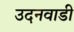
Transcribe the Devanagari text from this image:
उदनवाडी